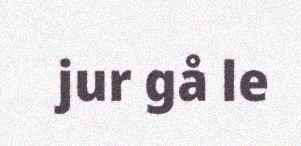
jur gå le